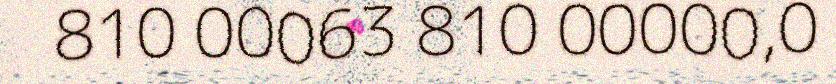
810 00063 810 00000,0